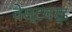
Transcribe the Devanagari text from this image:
वेस्टवर्ड